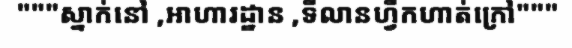
"""ស្នាក់នៅ ,អាហារដ្ឋាន ,ទីលានហ្វឹកហាត់ក្រៅ"""